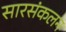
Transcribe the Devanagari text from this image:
सारसंकलन